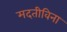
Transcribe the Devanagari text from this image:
मदतीविना